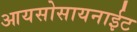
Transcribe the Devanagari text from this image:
आयसोसायनाईट